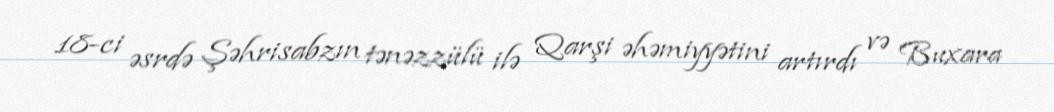
18-ci əsrdə Şəhrisabzın tənəzzülü ilə Qarşi əhəmiyyətini artırdı və Buxara